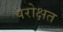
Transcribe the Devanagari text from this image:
परोक्षत